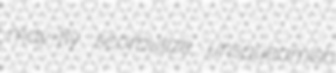
may-fly scorbutize unsqueamish